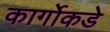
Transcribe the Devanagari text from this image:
कार्गोकडे